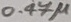
Text: 0.47µ